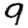
Digit: 9